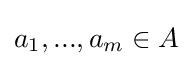
\textstyle {a_{1},...,a_{m}}\in A